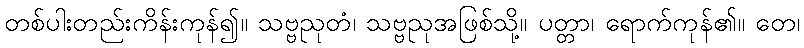
တစ်ပါးတည်းကိန်းကုန်၍။ သဗ္ဗညုတံ၊ သဗ္ဗညုအဖြစ်သို့။ ပတ္တာ၊ ရောက်ကုန်၏။ တေ၊